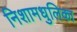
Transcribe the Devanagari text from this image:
निशामधुलिका